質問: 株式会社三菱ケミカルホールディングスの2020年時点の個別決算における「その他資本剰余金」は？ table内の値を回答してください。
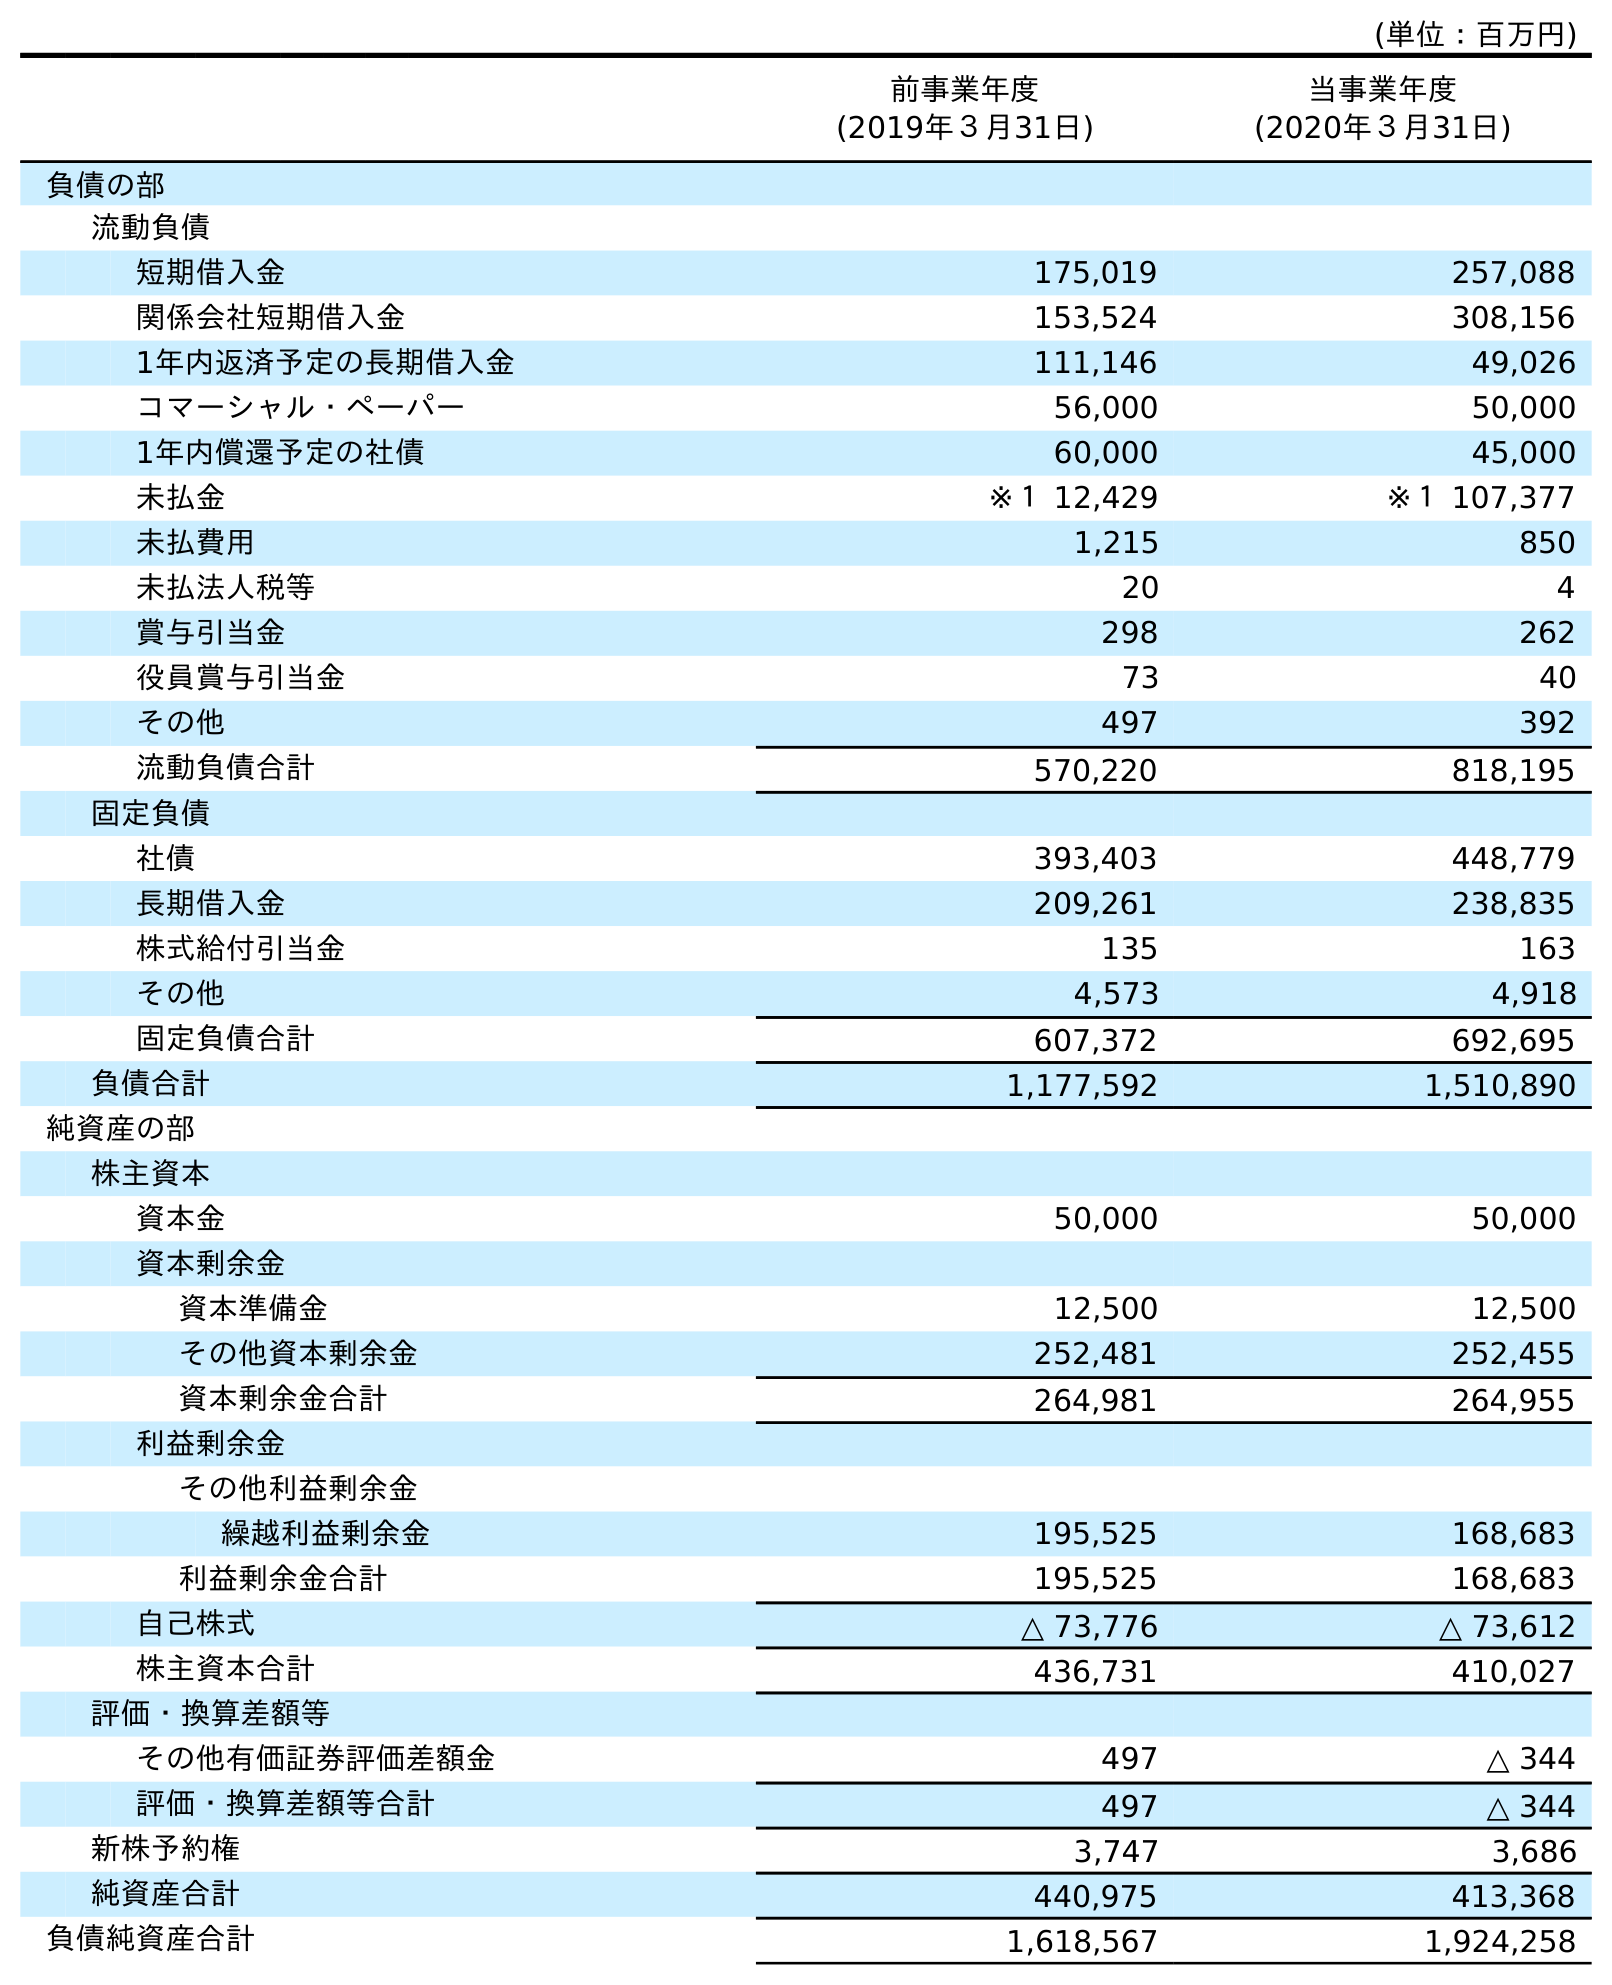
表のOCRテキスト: (単位：百万円) 前事業年度 (2019年３月31日) 当事業年度 (2020年３月31日) 負債の部 流動負債 短期借入金 175,019 257,088 関係会社短期借入金 153,524 308,156 1年内返済予定の長期借入金 111,146 49,026 コマーシャル・ペーパー 56,000 50,000 1年内償還予定の社債 60,000 45,000 未払金 ※１ 12,429 ※１ 107,377 未払費用 1,215 850 未払法人税等 20 4 賞与引当金 298 262 役員賞与引当金 73 40 その他 497 392 流動負債合計 570,220 818,195 固定負債 社債 393,403 448,779 長期借入金 209,261 238,835 株式給付引当金 135 163 その他 4,573 4,918 固定負債合計 607,372 692,695 負債合計 1,177,592 1,510,890 純資産の部 株主資本 資本金 50,000 50,000 資本剰余金 資本準備金 12,500 12,500 その他資本剰余金 252,481 252,455 資本剰余金合計 264,981 264,955 利益剰余金 その他利益剰余金 繰越利益剰余金 195,525 168,683 利益剰余金合計 195,525 168,683 自己株式 △ 73,776 △ 73,612 株主資本合計 436,731 410,027 評価・換算差額等 その他有価証券評価差額金 497 △ 344 評価・換算差額等合計 497 △ 344 新株予約権 3,747 3,686 純資産合計 440,975 413,368 負債純資産合計 1,618,567 1,924,258
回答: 252,455